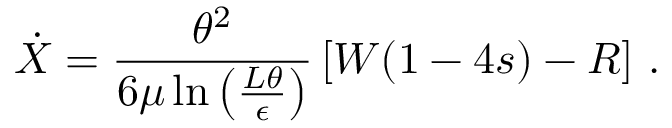
\dot { X } = \frac { \theta ^ { 2 } } { 6 \mu \ln \left( \frac { L \theta } { \epsilon } \right) } \left[ W ( 1 - 4 s ) - R \right] \, .